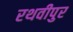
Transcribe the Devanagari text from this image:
रथवीपुर